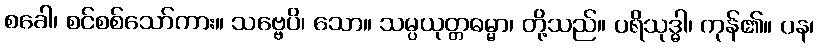
စခေါ၊ စင်စစ်သော်ကား။ သဗ္ဗေပိ၊ သော။ သမ္ပယုတ္တဓမ္မာ၊ တို့သည်။ ပရိသုဒ္ဓါ၊ ကုန်၏။ ပန၊